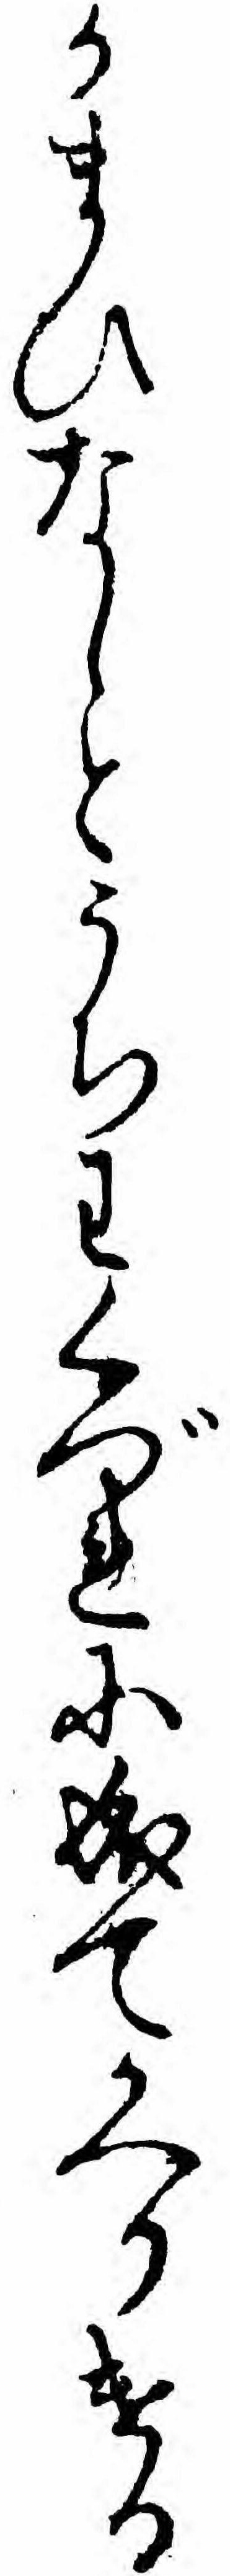
かまひなしとうちわくづれに成てかへりける